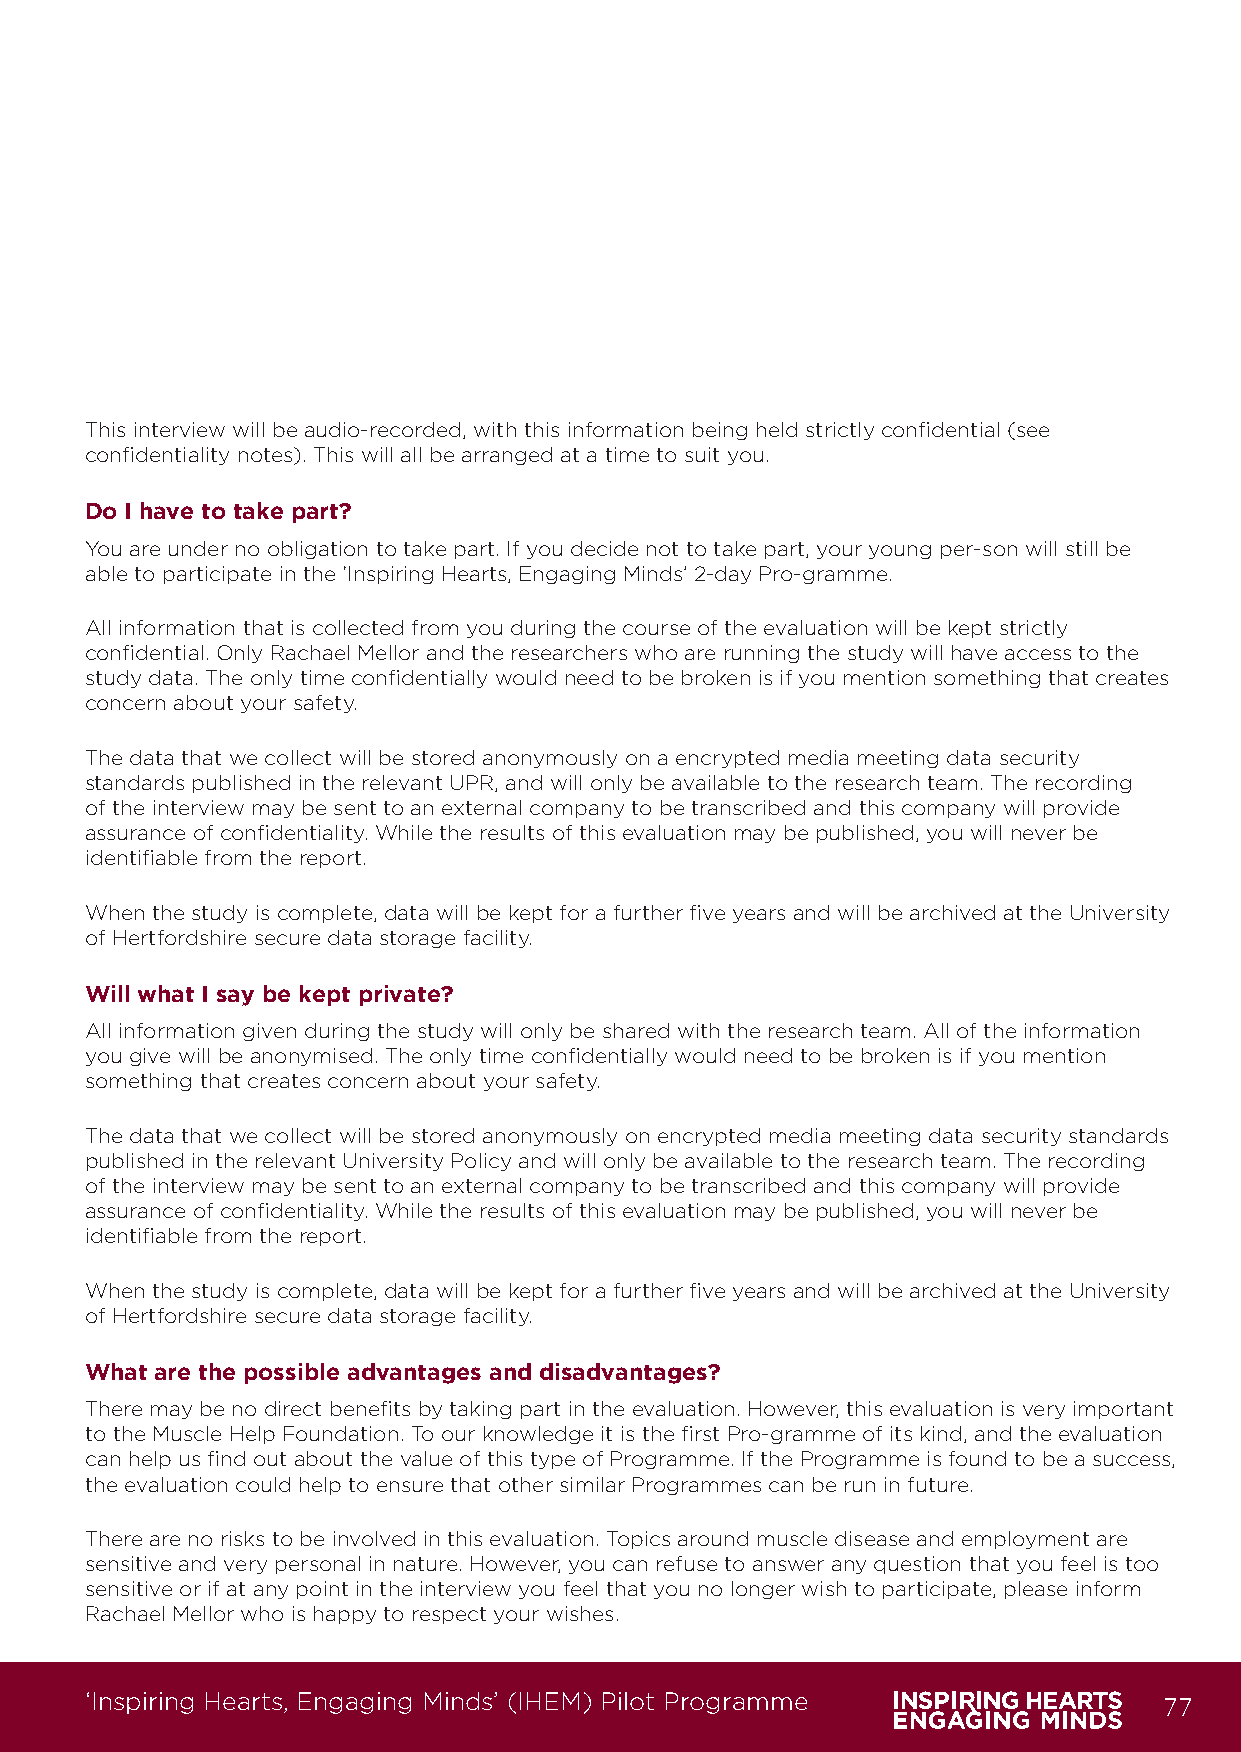
This interview will be audio-recorded, with this information being held strictly confidential (see
 confidentiality notes). This will all be arranged at a time to suit you.
 Do I have to take part?
 You are under no obligation to take part. If you decide not to take part, your young per-son will still be
 able to participate in the ‘Inspiring Hearts, Engaging Minds’ 2-day Pro-gramme.
 All information that is collected from you during the course of the evaluation will be kept strictly
 confidential. Only Rachael Mellor and the researchers who are running the study will have access to the
 study data. The only time confidentially would need to be broken is if you mention something that creates
 concern about your safety.
 The data that we collect will be stored anonymously on a encrypted media meeting data security
 standards published in the relevant UPR, and will only be available to the research team. The recording
 of the interview may be sent to an external company to be transcribed and this company will provide
 assurance of confidentiality. While the results of this evaluation may be published, you will never be
 identifiable from the report.
 When the study is complete, data will be kept for a further five years and will be archived at the University
 of Hertfordshire secure data storage facility.
 Will what I say be kept private?
 All information given during the study will only be shared with the research team. All of the information
 you give will be anonymised. The only time confidentially would need to be broken is if you mention
 something that creates concern about your safety.
 The data that we collect will be stored anonymously on encrypted media meeting data security standards
 published in the relevant University Policy and will only be available to the research team. The recording
 of the interview may be sent to an external company to be transcribed and this company will provide
 assurance of confidentiality. While the results of this evaluation may be published, you will never be
 identifiable from the report.
 When the study is complete, data will be kept for a further five years and will be archived at the University
 of Hertfordshire secure data storage facility.
 What are the possible advantages and disadvantages?
 There may be no direct benefits by taking part in the evaluation. However, this evaluation is very important
 to the Muscle Help Foundation. To our knowledge it is the first Pro-gramme of its kind, and the evaluation
 can help us find out about the value of this type of Programme. If the Programme is found to be a success,
 the evaluation could help to ensure that other similar Programmes can be run in future.
 There are no risks to be involved in this evaluation. Topics around muscle disease and employment are
 sensitive and very personal in nature. However, you can refuse to answer any question that you feel is too
 sensitive or if at any point in the interview you feel that you no longer wish to participate, please inform
 Rachael Mellor who is happy to respect your wishes.
 ‘Inspiring Hearts, Engaging Minds’ (IHEM) Pilot Programme              77
 IHEM-Evaluation-Summary-Report_Brand Compliant.indd 77                  29/09/2020 06:59:37